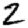
Digit: 2